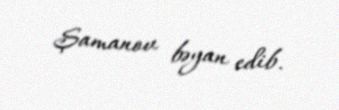
Şamanov bəyan edib.